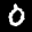
Label: 0